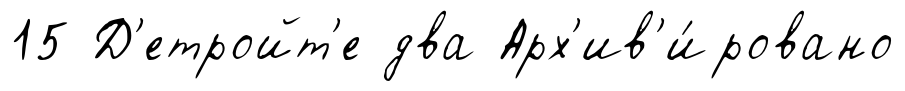
15 Д'етройт'е два Арх'ив'и́ровано